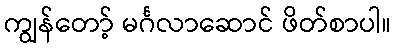
ကျွန်တော့် မင်္ဂလာဆောင် ဖိတ်စာပါ။